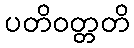
ပတိဝတ္တတိ